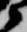
衛